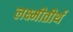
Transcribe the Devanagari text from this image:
लक्ष्मीतीर्थ